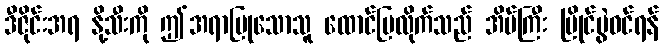
ဒီဇိုင်းအရ နို့သီးကို ဤအရာပြုသောသူ ထောင်ပြလိုက်သည် အိမ်ကြီး ပြိုင်ပွဲဝင်ရန်